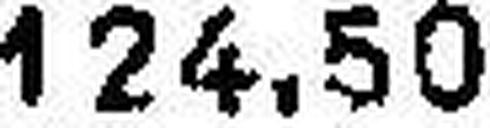
124.50